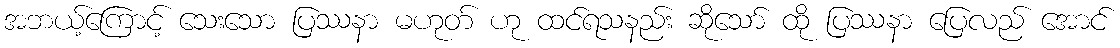
အဘယ့်ကြောင့် သေးသော ပြဿနာ မဟုတ် ဟု ထင်ရသနည်း ဆိုသော် ထို ပြဿနာ ပြေလည် အောင်